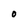
Character: O